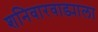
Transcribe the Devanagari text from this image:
शनिवारवाड्याला